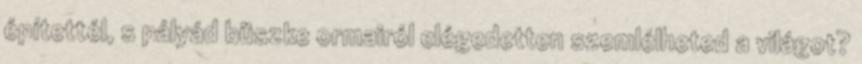
építettél, s pályád büszke ormairól elégedetten szemlélheted a világot?